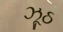
ઝૂઠ